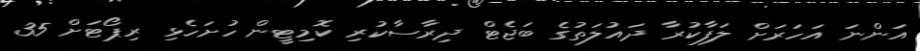
އަންނަ އަހަރަށް ލަފާކުރާ ދައުލަތުގެ ބަޖެޓް ދިރާސާކުރި ކޮމިޓީން ހުށަހެޅި ރިޕޯޓަށް 35